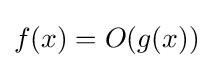
f(x)=O(g(x))